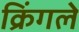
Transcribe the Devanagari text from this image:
क्रिंगले